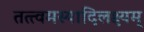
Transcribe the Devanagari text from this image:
तत्त्वमस्यादिलक्ष्यम्